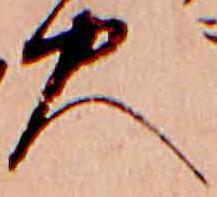
火